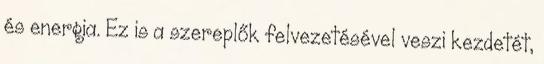
és energia. Ez is a szereplők felvezetésével veszi kezdetét,